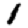
Digit: 1